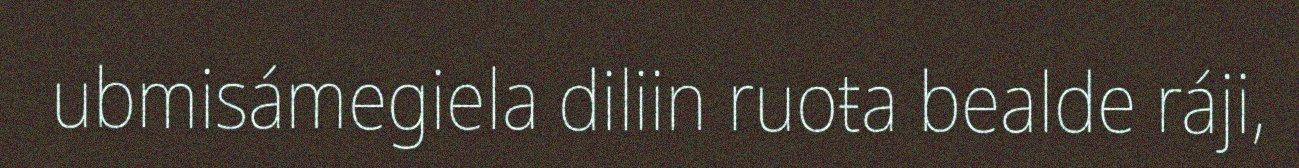
ubmisámegiela diliin ruoŧa bealde ráji,